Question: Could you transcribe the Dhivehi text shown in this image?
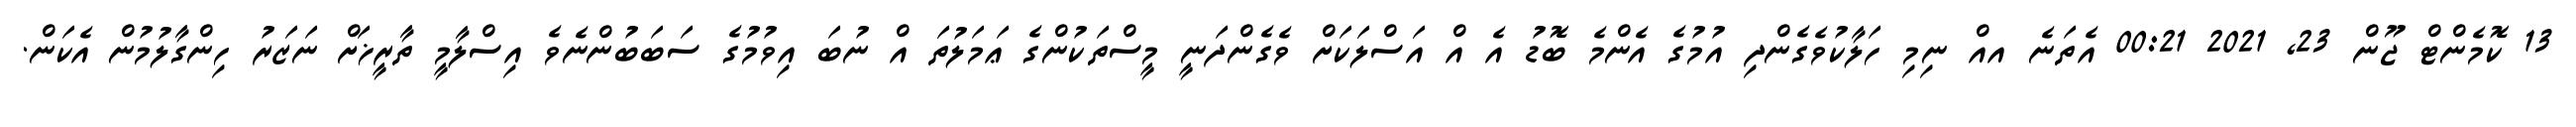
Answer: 13 ކޮމެންޓް ޖޫން 23, 2021 00:21 އެތަނެ އއް ނިމި ހަލާކުވެގެންދި އުމުގެ އެންމެ ބޮޑު އެ އް އަސްލަކަށް ވެގެންދަނީ މީސްތަކުންގެ ޢަމަލުތަ އް ނުބަ އިވުމުގެ ސަބަބުންނެވެ އިސްލާމީ ތާރީޚަށް ނަޒަރު ހިންގާލުމުން އެކަން.